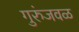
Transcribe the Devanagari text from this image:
गुरुंजवळ